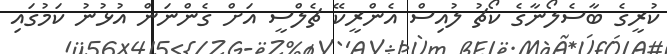
ކުރީގެ ބާސެލޯނާގެ ކޯޗު ލުއިސް އެންރީކޭ ޗެލްސީ އަށް ގެންނަން އުޅުނު ކަމުގައި